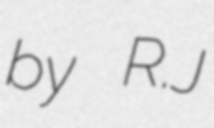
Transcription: by R.J